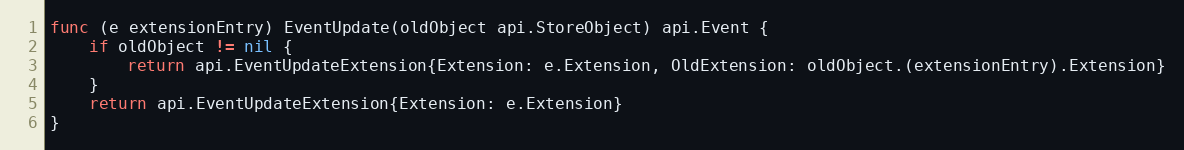
Language: Go
func (e extensionEntry) EventUpdate(oldObject api.StoreObject) api.Event {
	if oldObject != nil {
		return api.EventUpdateExtension{Extension: e.Extension, OldExtension: oldObject.(extensionEntry).Extension}
	}
	return api.EventUpdateExtension{Extension: e.Extension}
}